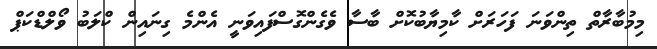
މިމުބާރާތް ތިންވަނަ ފަހަރަށް ކާމިޔާބުކޮށް ބާސާ ވެގެންގޮސްފައިވަނީ އެންމެ ގިނައިން ކްލަބު ވޯލްޑްކަޕް